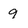
Character: 9